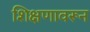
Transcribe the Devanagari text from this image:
शिक्षणावरून